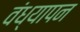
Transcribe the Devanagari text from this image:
वंध्यापन